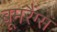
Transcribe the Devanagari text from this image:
बूमरैंग्स